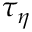
\tau _ { \eta }